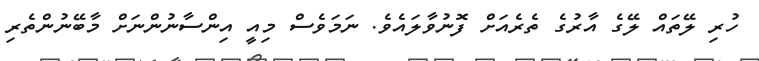
ހުރި ލޭތައް ލޭގެ އާރުގެ ތެރެއަށް ފޮނުވާލައެވެ. ނަމަވެސް މިއީ އިންސާނުންނަށް މާބޭނުންތެރި